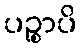
ပဉ္စာပိ